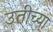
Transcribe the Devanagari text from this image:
उतीच्या